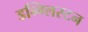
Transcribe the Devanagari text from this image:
डन्ग्लिस्टन